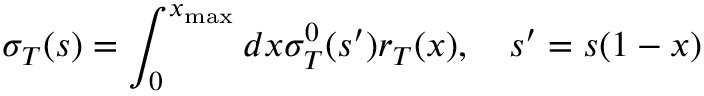
\sigma _ { T } ( s ) = \int _ { 0 } ^ { x _ { \mathrm { m a x } } } d x \sigma _ { T } ^ { 0 } ( s ^ { \prime } ) r _ { T } ( x ) , \quad s ^ { \prime } = s ( 1 - x )